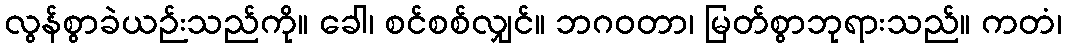
လွန်စွာခဲယဉ်းသည်ကို။ ခေါ၊ စင်စစ်လျှင်။ ဘဂဝတာ၊ မြတ်စွာဘုရားသည်။ ကတံ၊